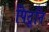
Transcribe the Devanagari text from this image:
पिटूनि